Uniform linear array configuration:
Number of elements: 48
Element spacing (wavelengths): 0.25
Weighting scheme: kaiser
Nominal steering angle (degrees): -45
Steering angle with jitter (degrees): -44.882
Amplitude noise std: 0.05
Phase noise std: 0.05

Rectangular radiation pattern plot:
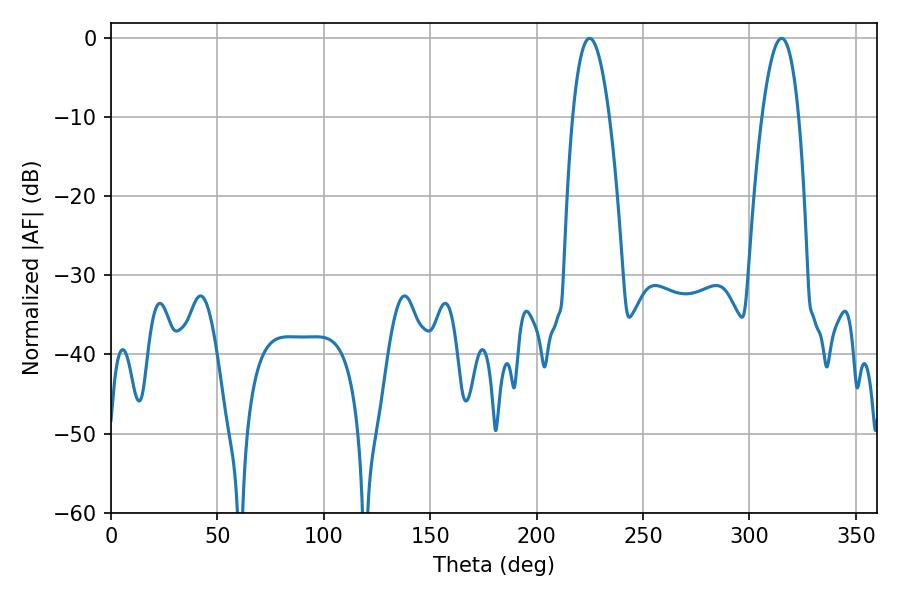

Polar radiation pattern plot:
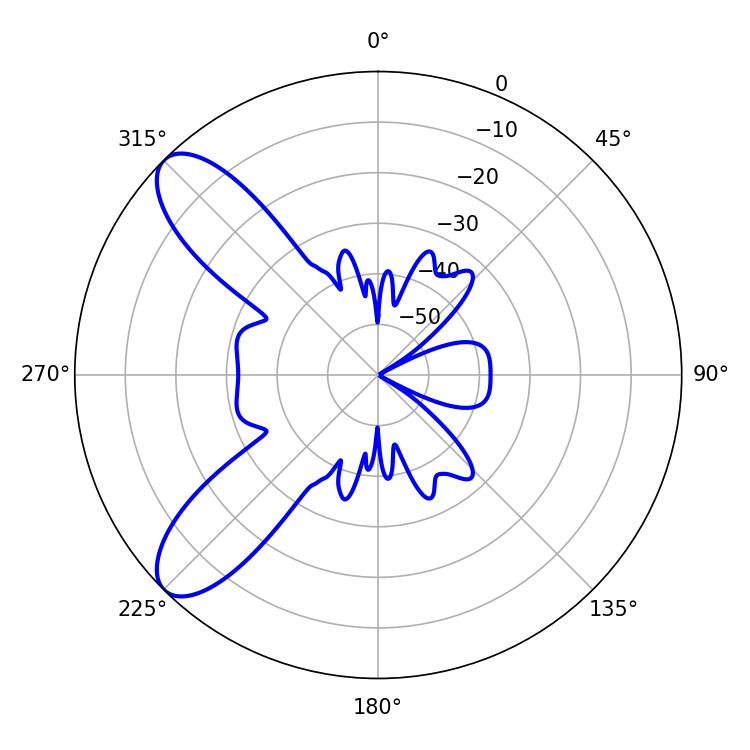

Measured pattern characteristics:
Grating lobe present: FALSE
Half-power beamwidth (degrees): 9.54
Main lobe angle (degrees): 224.82